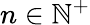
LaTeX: n\in\mathbb{N}^{+}